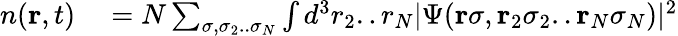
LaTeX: \begin{array}{rl}{n({\mathbf r},t)}&{{}=N\sum_{\sigma,\sigma_{2}..\sigma_{N}}\int d^{3}r_{2}..r_{N}\vert\Psi({\mathbf r}\sigma,{\mathbf r}_{2}\sigma_{2}..{\mathbf r}_{N}\sigma_{N})\vert^{2}}\end{array}